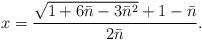
LaTeX: \begin{align*}x={\sqrt{1+6\bar n-3\bar n^2}+1-\bar n\over 2\bar n}.\end{align*}